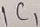
Text: IC1